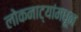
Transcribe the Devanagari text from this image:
लोकनाट्यांमधून